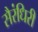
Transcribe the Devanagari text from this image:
सैरंधिरी